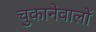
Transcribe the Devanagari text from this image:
चुकानेवालों